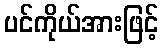
ပင်ကိုယ်အားဖြင့်